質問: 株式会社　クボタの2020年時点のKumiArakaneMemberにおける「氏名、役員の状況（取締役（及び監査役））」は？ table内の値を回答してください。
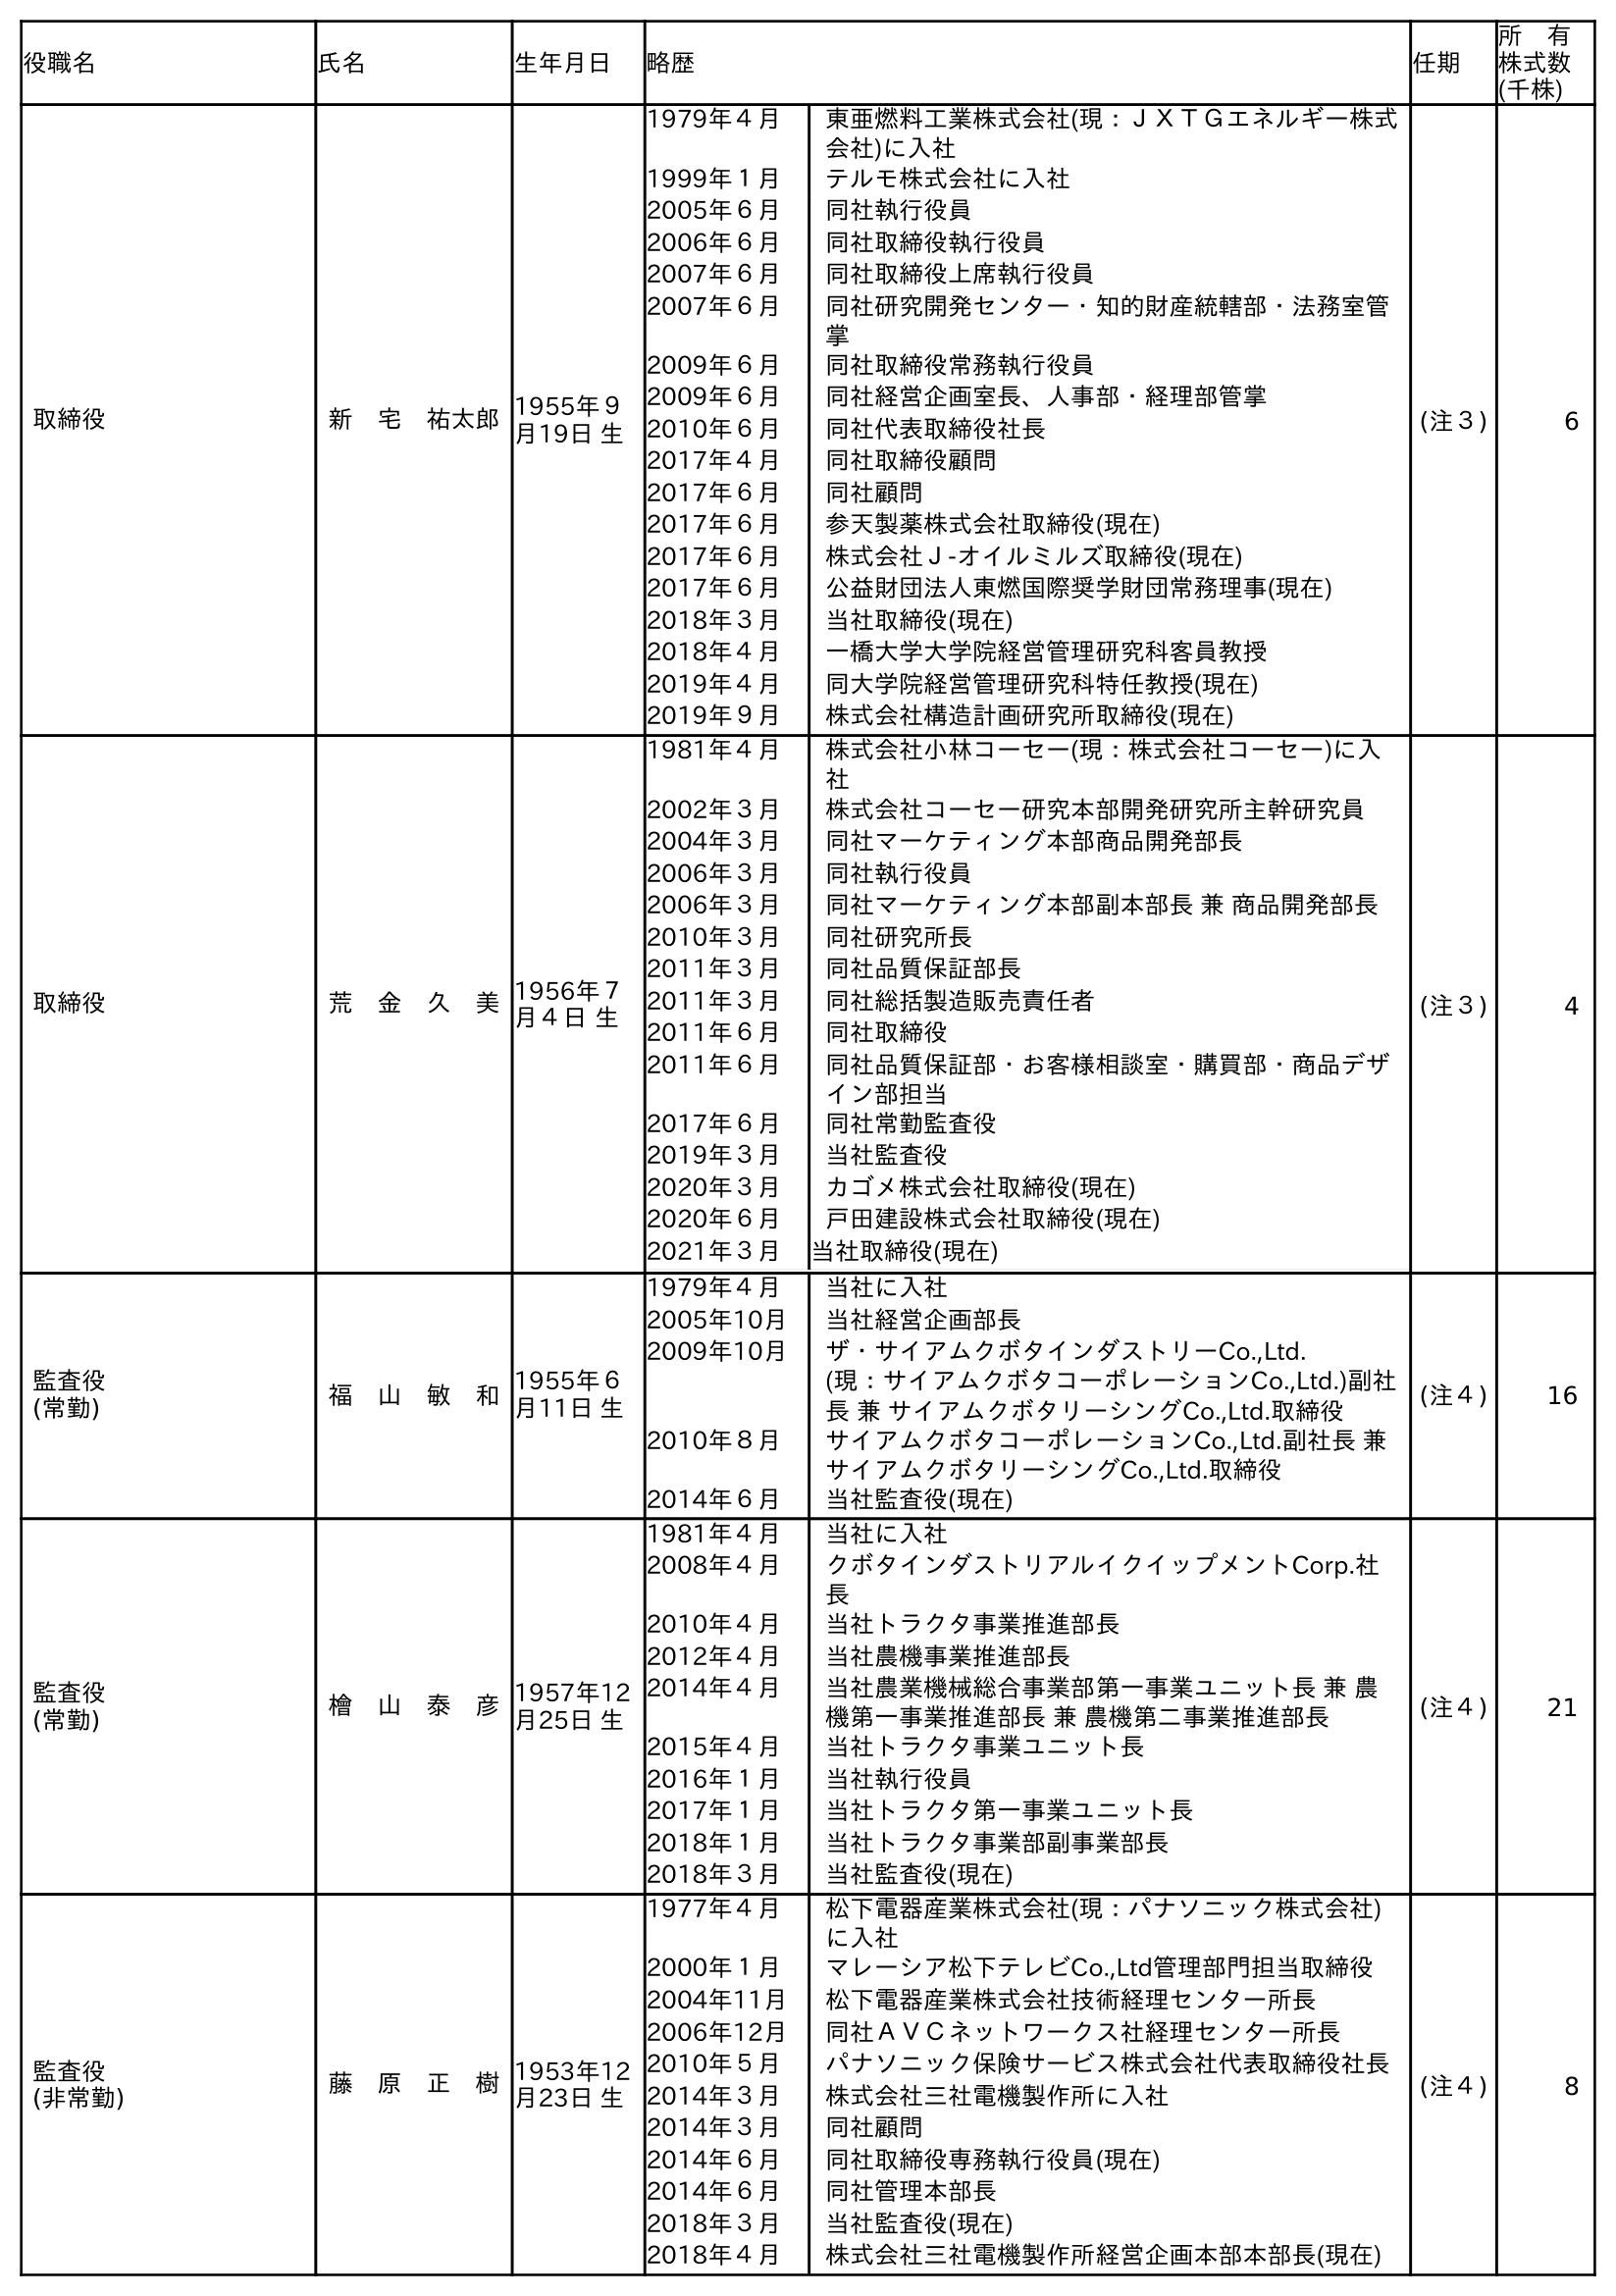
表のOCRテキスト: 役職名 氏名 生年月日 略歴 任期 所 有 株式数 (千株) 取締役 新 宅 祐太郎1955年９ 月19日 生 1979年４月 東亜燃料工業株式会社(現：ＪＸＴＧエネルギー株式 会社)に入社 1999年１月 テルモ株式会社に入社 2005年６月 同社執行役員 2006年６月 同社取締役執行役員 2007年６月 同社取締役上席執行役員 2007年６月 同社研究開発センター・知的財産統轄部・法務室管 掌 2009年６月 同社取締役常務執行役員 2009年６月 同社経営企画室長、人事部・経理部管掌 2010年６月 同社代表取締役社長 2017年４月 同社取締役顧問 2017年６月 同社顧問 2017年６月 参天製薬株式会社取締役(現在) 2017年６月 株式会社Ｊ-オイルミルズ取締役(現在) 2017年６月 公益財団法人東燃国際奨学財団常務理事(現在) 2018年３月 当社取締役(現在) 2018年４月 一橋大学大学院経営管理研究科客員教授 2019年４月 同大学院経営管理研究科特任教授(現在) 2019年９月 株式会社構造計画研究所取締役(現在) (注３) 6 取締役 荒 金 久 美1956年７ 月４日 生 1981年４月 株式会社小林コーセー(現：株式会社コーセー)に入 社 2002年３月 株式会社コーセー研究本部開発研究所主幹研究員 2004年３月 同社マーケティング本部商品開発部長 2006年３月 同社執行役員 2006年３月 同社マーケティング本部副本部長 兼 商品開発部長 2010年３月 同社研究所長 2011年３月 同社品質保証部長 2011年３月 同社総括製造販売責任者 2011年６月 同社取締役 2011年６月 同社品質保証部・お客様相談室・購買部・商品デザ イン部担当 2017年６月 同社常勤監査役 2019年３月 当社監査役 2020年３月 カゴメ株式会社取締役(現在) 2020年６月 戶田建設株式会社取締役(現在) 2021年３月 当社取締役(現在) (注３) 4 監査役 (常勤) 福 山 敏 和1955年６ 月11日 生 1979年４月 当社に入社 2005年10月 当社経営企画部長 2009年10月 ザ・サイアムクボタインダストリーCo.,Ltd. (現：サイアムクボタコーポレーションCo.,Ltd.)副社 長 兼 サイアムクボタリーシングCo.,Ltd.取締役 2010年８月 サイアムクボタコーポレーションCo.,Ltd.副社長 兼 サイアムクボタリーシングCo.,Ltd.取締役 2014年６月 当社監査役(現在) (注４) 16 監査役 (常勤) 檜 山 泰 彦1957年12 月25日 生 1981年４月 当社に入社 2008年４月 クボタインダストリアルイクイップメントCorp.社 長 2010年４月 当社トラクタ事業推進部長 2012年４月 当社農機事業推進部長 2014年４月 当社農業機械総合事業部第一事業ユニット長 兼 農 機第一事業推進部長 兼 農機第二事業推進部長 2015年４月 当社トラクタ事業ユニット長 2016年１月 当社執行役員 2017年１月 当社トラクタ第一事業ユニット長 2018年１月 当社トラクタ事業部副事業部長 2018年３月 当社監査役(現在) (注４) 21 監査役 (非常勤) 藤 原 正 樹1953年12 月23日 生 1977年４月 松下電器産業株式会社(現：パナソニック株式会社) に入社 2000年１月 マレーシア松下テレビCo.,Ltd管理部門担当取締役 2004年11月 松下電器産業株式会社技術経理センター所長 2006年12月 同社ＡＶＣネットワークス社経理センター所長 2010年５月 パナソニック保険サービス株式会社代表取締役社長 2014年３月 株式会社三社電機製作所に入社 2014年３月 同社顧問 2014年６月 同社取締役専務執行役員(現在) 2014年６月 同社管理本部長 2018年３月 当社監査役(現在) 2018年４月 株式会社三社電機製作所経営企画本部本部長(現在) (注４) 8
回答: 荒　金　久　美